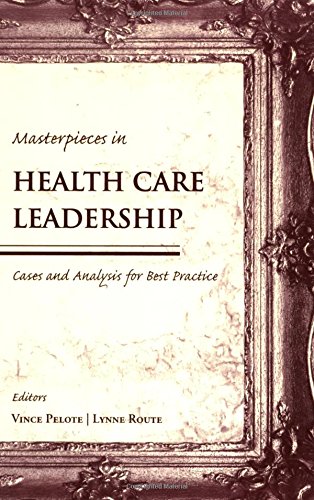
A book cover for Masterpieces in Health Care Leadership: Cases and Analysis for Best Practices; Vince Pelote; Law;